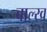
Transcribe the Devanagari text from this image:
बाल्ख